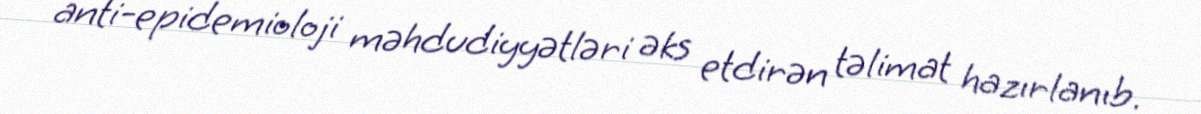
anti-epidemioloji məhdudiyyətləri əks etdirən təlimat hazırlanıb.